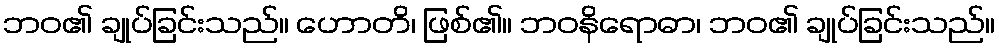
ဘဝ၏ ချုပ်ခြင်းသည်။ ဟောတိ၊ ဖြစ်၏။ ဘဝနိရောဓာ၊ ဘဝ၏ ချုပ်ခြင်းသည်။